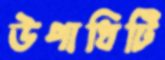
উপাধিটি